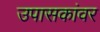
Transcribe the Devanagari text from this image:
उपासकांवर